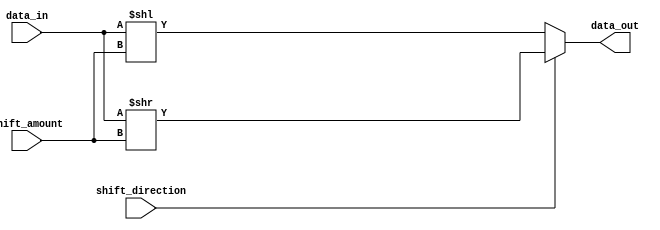
module SparseBarrelShifter (
  input [7:0] data_in,
  input [3:0] shift_amount,
  input shift_direction, // 0 for left shift, 1 for right shift
  output reg [7:0] data_out
);

reg [7:0] shifted_data;

always @* begin
  if (shift_direction == 0) begin // Left shift
    shifted_data = data_in << shift_amount;
  end else begin // Right shift
    shifted_data = data_in >> shift_amount;
  end

  data_out = shifted_data;
end

endmodule